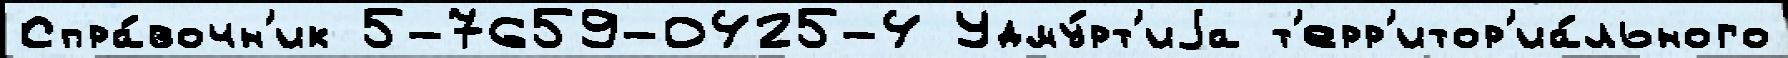
Спра́вочн'ик 5-7659-0425-4 Удму́рт'иjа т'ерр'итор'иа́льного